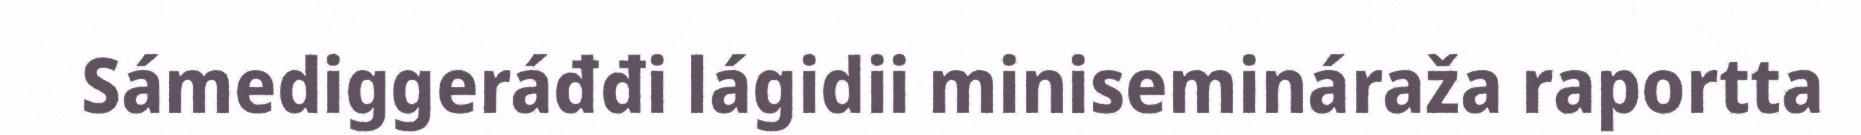
Sámediggeráđđi lágidii minisemináraža raportta